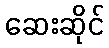
ဆေးဆိုင်